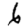
Digit: 6